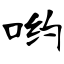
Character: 哟